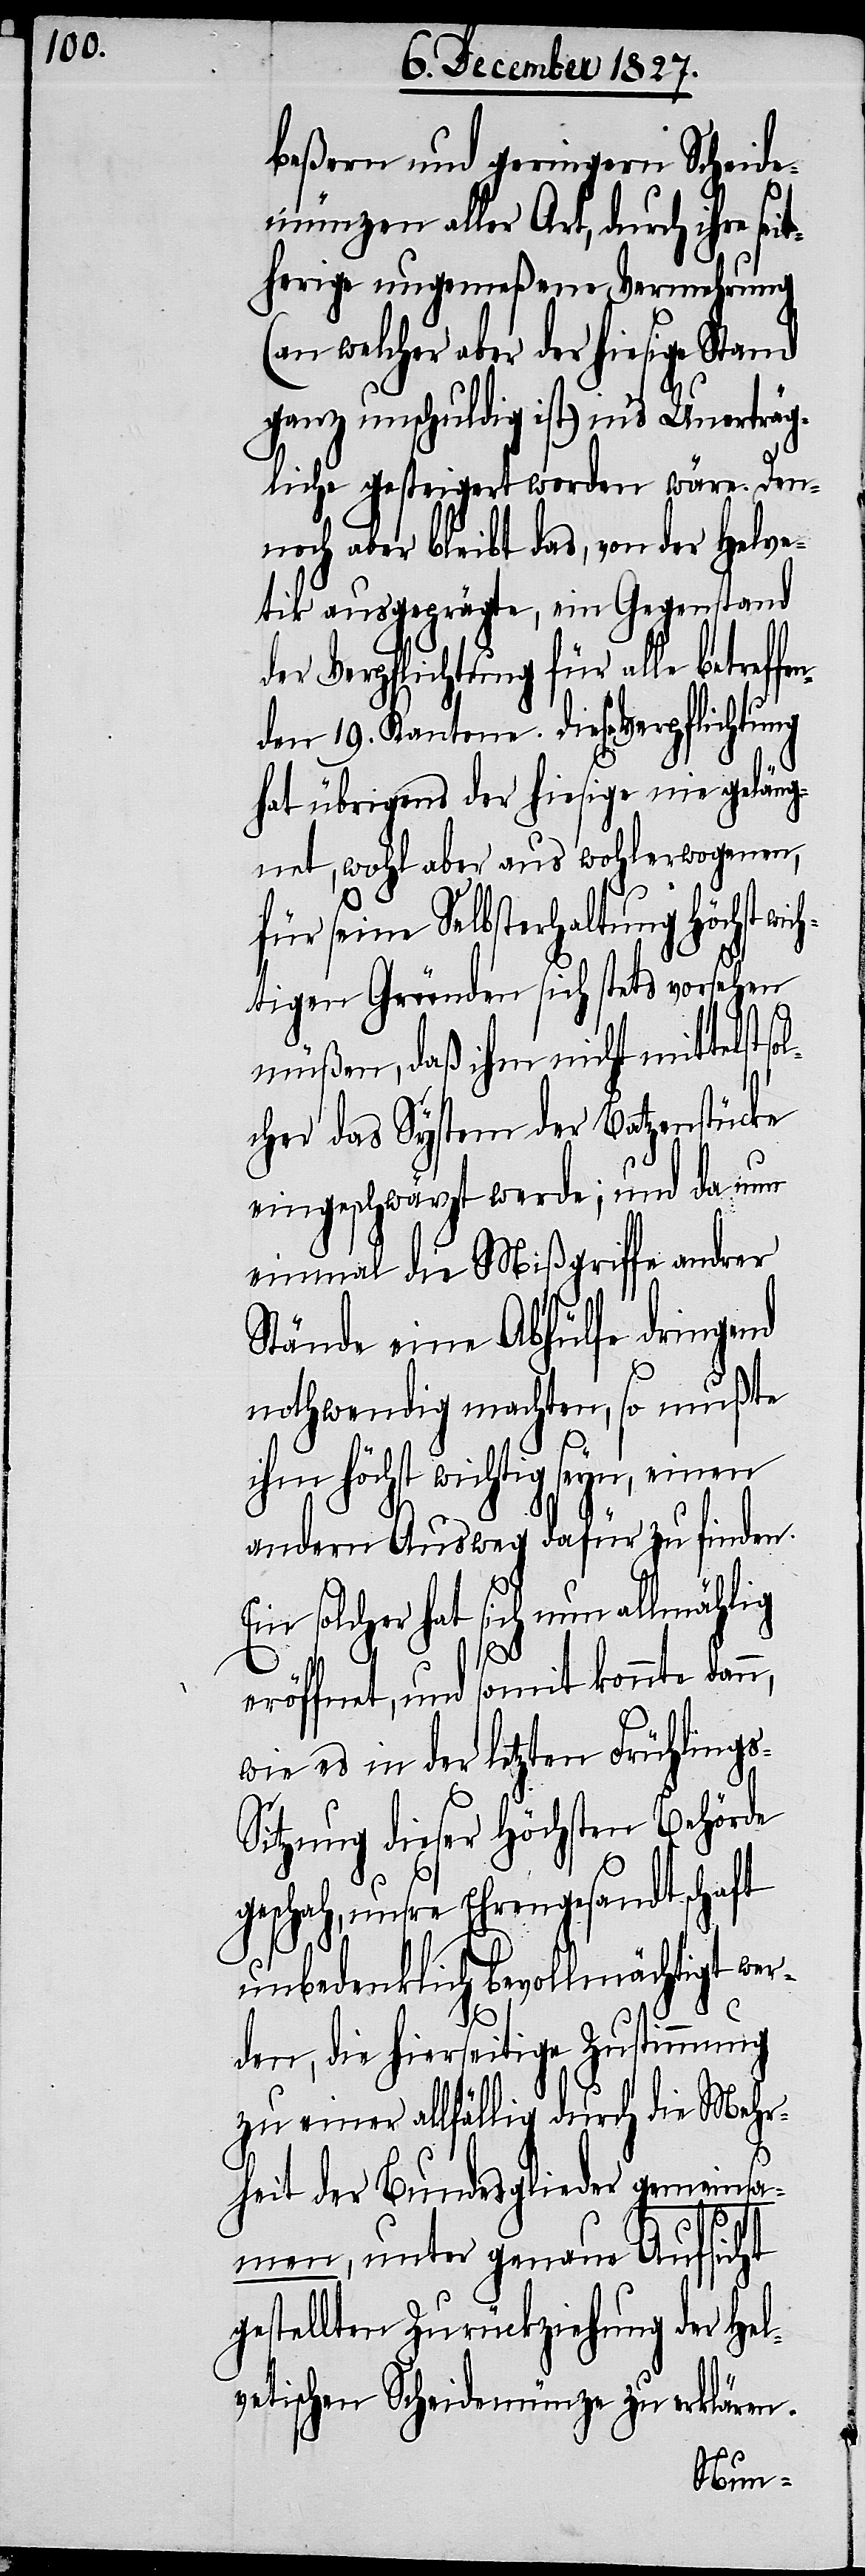
beßern und geringern Scheide¬
münzen aller Art, durch ihre s¬
herige ungemeßene Vermehrung
(an welcher aber der hiesige Stand
ganz unschuldig ist) in’s Unerträg¬
liche gesteigert worden wäre. Den¬
noch aber bleibt das, von der Helve¬
tik ausgeprägte, ein Gegenstand
der Verpflichtung für alle betreff¬
den 19. Kantone. Diese Verpflichtung
hat übrigens der hiesige nie geläug¬
net, wohl aber aus wohlerwogenen,
für seine Selbsterhaltung höchst
tigen Gründen sich stets vorsehen
müßen, daß ihm nicht mittelst
sol¬
cher das System der Batzenstücke
eingeschwärzt werde; und da nun
einmal die Mißgriffe andrer
Stände eine Abhülfe dringend
nothwendig machten, so mußte
ihm höchst wichtig seyn, einen
andern Ausweg dafür zu finden.
Ein solcher hat sich nun allmählig
eröffnet, und somit konnte dann,
wie es in der letzten Frühling¬
itzung dieser Höchsten Behörde
geschah, unsre Ehrengesandtschaft
unbedenklich bevollmächtigt we¬
rden, die hierseitige Zustimmung
zu einer allfällig durch die Mehr¬
heit der Bundesglieder gemeinsa¬
s-S¬
men, unter genaue Aufsicht
gestellten Zurückziehung der Hel¬
vetischen Scheidemünze zu erklären.
en¬